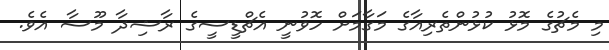
މި މެޗުގެ މޮޅު ކުޅުންތެރިއާގެ މަގާމަށް ހޮވުނީ އެޗްޑީސީގެ ރާޝިދާ މޫސާ އެވެ.